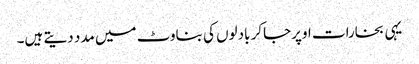
یہی بخارات اوپرجاکر بادلوں کی بناوٹ میں مدد دیتے ہیں۔